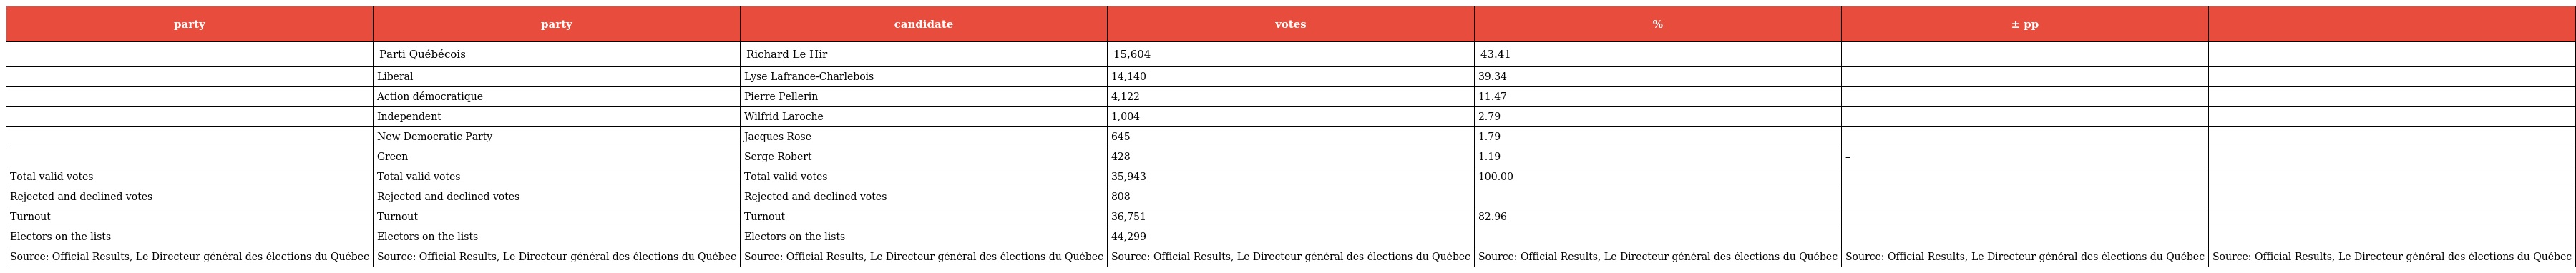
| party | party | candidate | votes | % | ± pp |  |
 | --- | --- | --- | --- | --- | --- | --- |
 |  | Parti Québécois | Richard Le Hir | 15,604 | 43.41 |  |  |
 |  | Liberal | Lyse Lafrance-Charlebois | 14,140 | 39.34 |  |  |
 |  | Action démocratique | Pierre Pellerin | 4,122 | 11.47 |  |  |
 |  | Independent | Wilfrid Laroche | 1,004 | 2.79 |  |  |
 |  | New Democratic Party | Jacques Rose | 645 | 1.79 |  |  |
 |  | Green | Serge Robert | 428 | 1.19 | – |  |
 | Total valid votes | Total valid votes | Total valid votes | 35,943 | 100.00 |  |  |
 | Rejected and declined votes | Rejected and declined votes | Rejected and declined votes | 808 |  |  |  |
 | Turnout | Turnout | Turnout | 36,751 | 82.96 |  |  |
 | Electors on the lists | Electors on the lists | Electors on the lists | 44,299 |  |  |  |
 | Source: Official Results, Le Directeur général des élections du Québec | Source: Official Results, Le Directeur général des élections du Québec | Source: Official Results, Le Directeur général des élections du Québec | Source: Official Results, Le Directeur général des élections du Québec | Source: Official Results, Le Directeur général des élections du Québec | Source: Official Results, Le Directeur général des élections du Québec | Source: Official Results, Le Directeur général des élections du Québec |